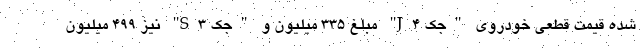
شده قیمت قطعی خودروی "جک J4" مبلغ 335 میلیون و "جک S3" نیز 499 میلیون